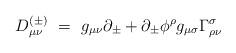
LaTeX: \begin{align*}D^{(\pm)}_{\mu\nu} ~=~ g_{\mu\nu} \partial_\pm+ \partial_\pm \phi^\rho g_{\mu\sigma} \Gamma^\sigma_{\rho\nu}\end{align*}